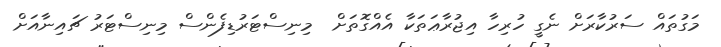
މަގުތައް ސަރުކާރަށް ނެގީ ހުރިހާ އިޖުރާޢަތަކާ އެއްގޮތަށް  މިނިސްޓަރުޑިފެންސް މިނިސްޓަރު ޗައިނާއަށް